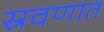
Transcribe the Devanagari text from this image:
स्रवणात